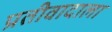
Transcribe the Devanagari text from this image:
प्रतीवादाला